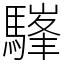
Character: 𩥪